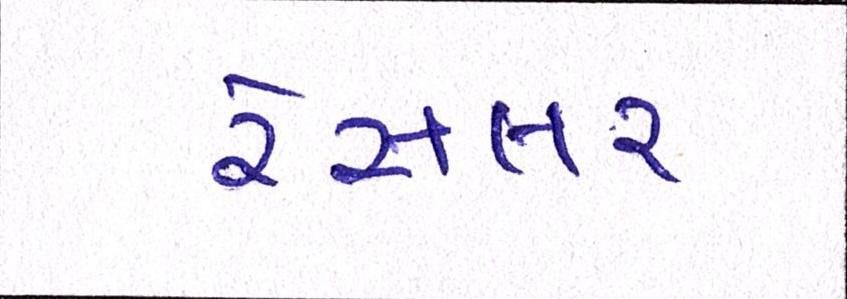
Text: રેસલર